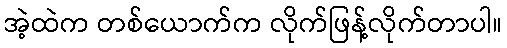
အဲ့ထဲက တစ်ယောက်က လိုက်ဖြန့်လိုက်တာပါ။